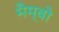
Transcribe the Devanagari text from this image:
मैम्बो